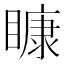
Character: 𥉽